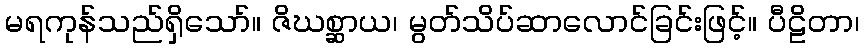
မရကုန်သည်ရှိသော်။ ဇိဃစ္ဆာယ၊ မွတ်သိပ်ဆာလောင်ခြင်းဖြင့်။ ပီဠိတာ၊